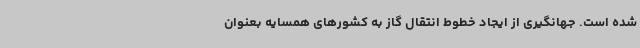
شده است. جهانگیری از ایجاد خطوط انتقال گاز به کشورهای همسایه بعنوان